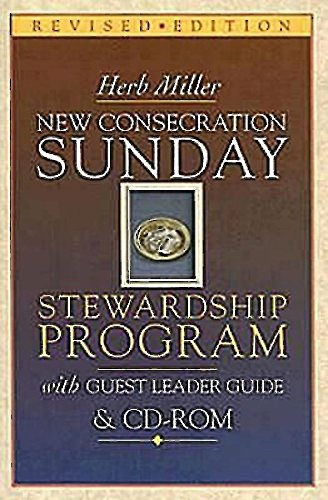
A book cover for New Consecration Sunday Stewardship Program with Guest Leader Guide & CD-ROM: Revised Edition; Herb Miller; Christian Books & Bibles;